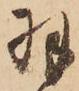
羽